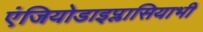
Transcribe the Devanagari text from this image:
एंजियोडाइप्लासियाभी